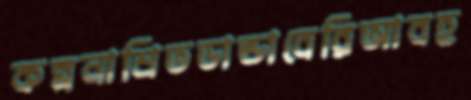
কল্পনাশ্রিতডান্ডাবেরিআবহ